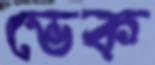
ভেক